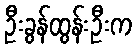
ဦးခွန်ထွန်းဦးက